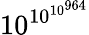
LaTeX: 10^{10^{10^{964}}}